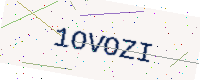
Text: 1OVOZI